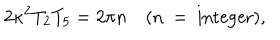
2 \kappa ^ { 2 } T _ { 2 } T _ { 5 } = 2 \pi n \quad ( \mathrm { n ~ = ~ i n t e g e r } ) ,